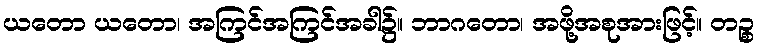
ယတော ယတော၊ အကြင်အကြင်အခါ၌။ ဘာဂတော၊ အဖို့အစုအားဖြင့်။ တဉ္စ